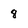
Character: 8